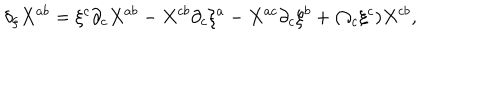
\delta _ { \xi } X ^ { a b } = \xi ^ { c } \partial _ { c } X ^ { a b } - X ^ { c b } \partial _ { c } \xi ^ { a } - X ^ { a c } \partial _ { c } \xi ^ { b } + ( \partial _ { c } \xi ^ { c } ) X ^ { c b } ,